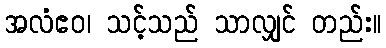
အလံဧဝ၊ သင့်သည် သာလျှင် တည်း။